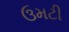
ઉમટી